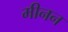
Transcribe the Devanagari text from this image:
मीनन